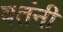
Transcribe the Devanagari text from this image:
वतंनी